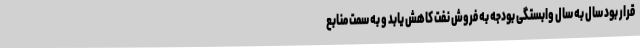
قرار بود سال به سال وابستگی بودجه به فروش نفت کاهش یابد و به سمت منابع